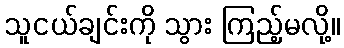
သူငယ်ချင်းကို သွား ကြည့်မလို့။